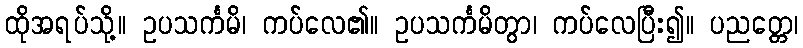
ထိုအရပ်သို့။ ဥပသင်္ကမိ၊ ကပ်လေ၏။ ဥပသင်္ကမိတွာ၊ ကပ်လေပြီး၍။ ပညတ္တေ၊